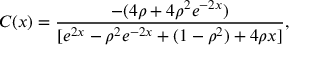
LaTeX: C ( x ) = \frac { - ( 4 \rho + 4 \rho ^ { 2 } e ^ { - 2 x } ) } { [ e ^ { 2 x } - \rho ^ { 2 } e ^ { - 2 x } + ( 1 - \rho ^ { 2 } ) + 4 \rho x ] } ,